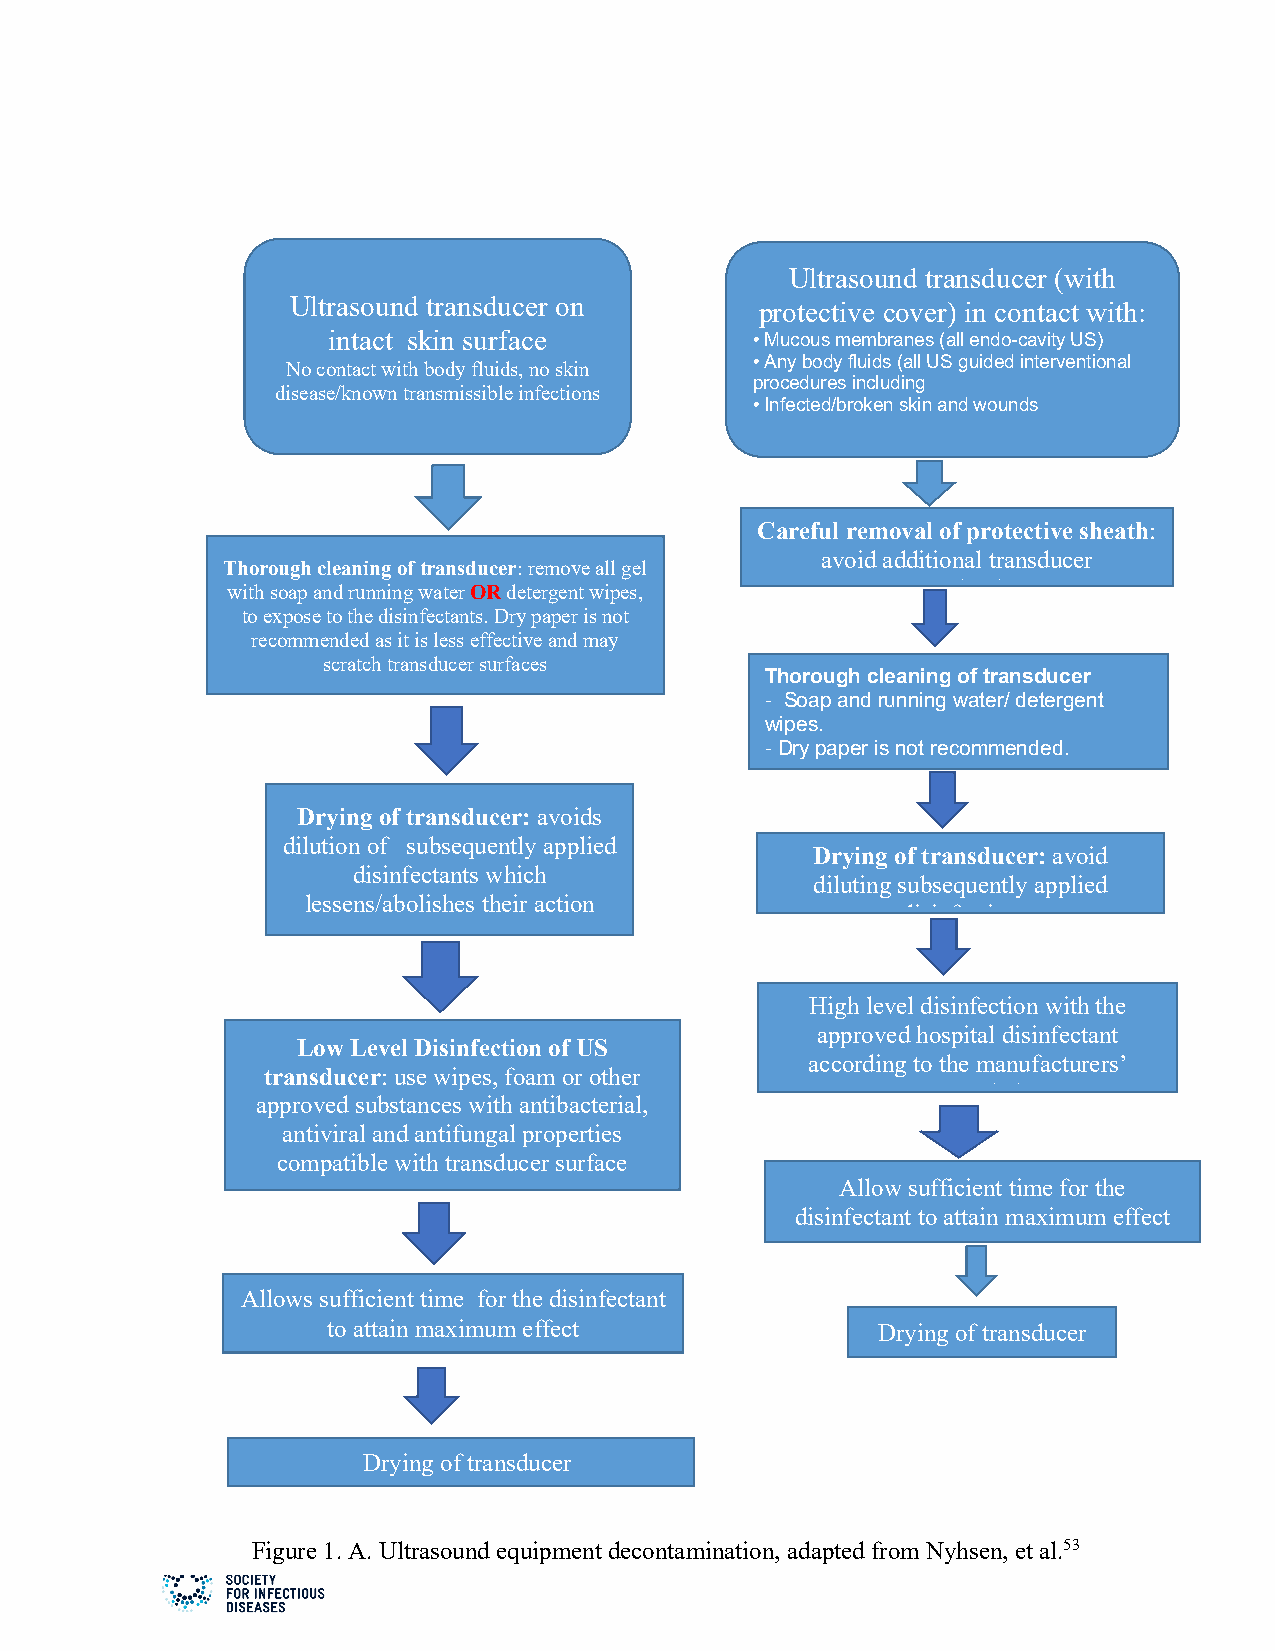
Ultrasound transducer (with
 Ultrasound transducer on       protective cover) in contact with:
 intact skin surface         • Mucous membranes (all endo-cavity US)
 • Any body fluids (all US guided interventional
 No contact with body fluids, no skin
 procedures including
 disease/known transmissible infections
 • Infected/broken skin and wounds
 Careful removal of protective sheath:
 avoid additional transducer
 Thorough cleaning of transducer: remove all gel
 with soap and running water OR detergent wipes, contamination
 to expose to the disinfectants. Dry paper is not
 recommended as it is less effective and may
 scratch transducer surfaces
 Thorough cleaning of transducer
 - Soap and running water/ detergent
 wipes.
 - Dry paper is not recommended.
 Drying of transducer: avoids
 dilution of subsequently applied
 Drying of transducer: avoid
 disinfectants which
 diluting subsequently applied
 lessens/abolishes their action
 disinfection
 High level disinfection with the
 approved hospital disinfectant
 Low Level Disinfection of US
 according to the manufacturers’
 transducer: use wipes, foam or other
 recommendations
 approved substances with antibacterial,
 antiviral and antifungal properties
 compatible with transducer surface
 Allow sufficient time for the
 disinfectant to attain maximum effect
 Allows sufficient time for the disinfectant
 to attain maximum effect            Drying of transducer
 Drying of transducer
 Figure 1. A. Ultrasound equipment decontamination, adapted from Nyhsen, et al.53
 2